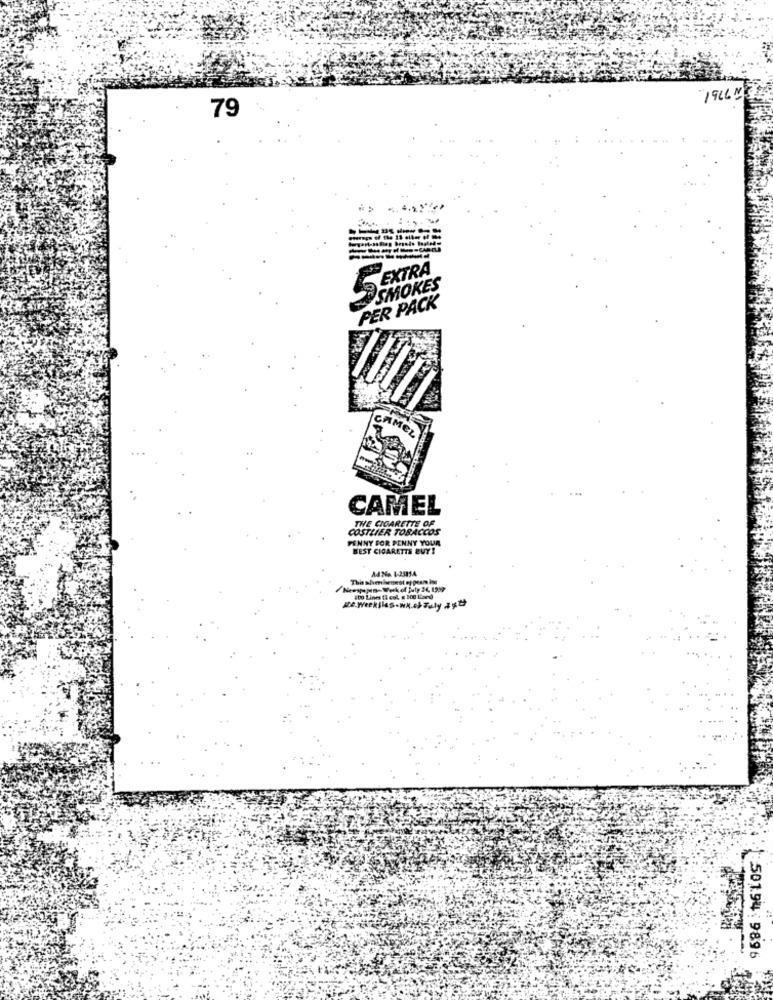
19LL M
79
--
5 EXTRA
SMOKES
PER PACK
CAMEL
THE CIGARETTE OF
COSTLIER TOBACCOS
PENNY FOR PENNY YOUR
BEST CIGARETTE BUY!
A4Me 1-23854
ito Lines [i col g DOC Land
50194. 9896